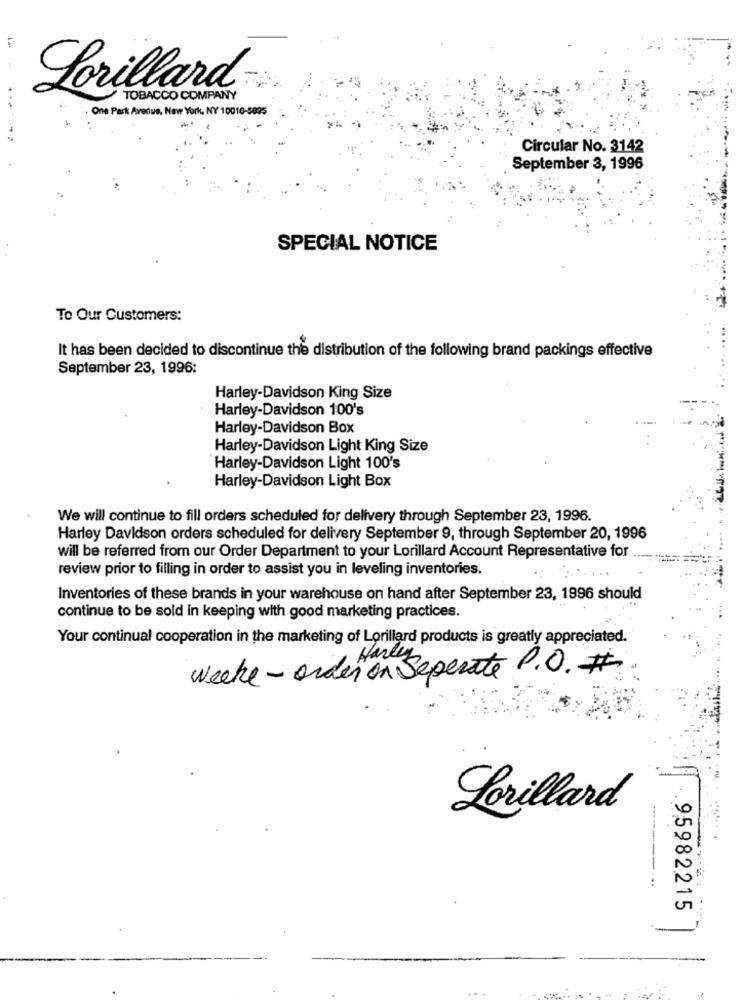
Lorillard
TOBACCO COMPANY
One Park Avenue, New York, NY 10016-5095
Circular No. 3142
September 3, 1996
SPECIAL NOTICE
To Our Customers:
It has been decided to discontinue the distribution of the following brand packings effective
September 23, 1996:
Harley-Davidson King Size
Harley-Davidson 100's
Harley-Davidson Box
Harley-Davidson Light King Size
Harley-Davidson Light 100's
Harley-Davidson Light Box
We will continue to fill orders scheduled for delivery through September 23, 1996.
Harley Davidson orders scheduled for delivery September 9, through September 20, 1996
will be referred from our Order Department to your Lorillard Account Representative for
review prior to filling in order to assist you in leveling inventories.
Inventories of these brands in your warehouse on hand after September 23, 1996 should
continue to be sold in keeping with good marketing practices.
Your continual cooperation in the marketing of Lorillard products is greatly appreciated.
weeke - order ons
HarSeperate P. O. #
Lorillard
--------...
.95982215